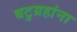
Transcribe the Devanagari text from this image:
बटुग्रहांना